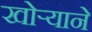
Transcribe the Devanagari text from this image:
खोऱ्याने